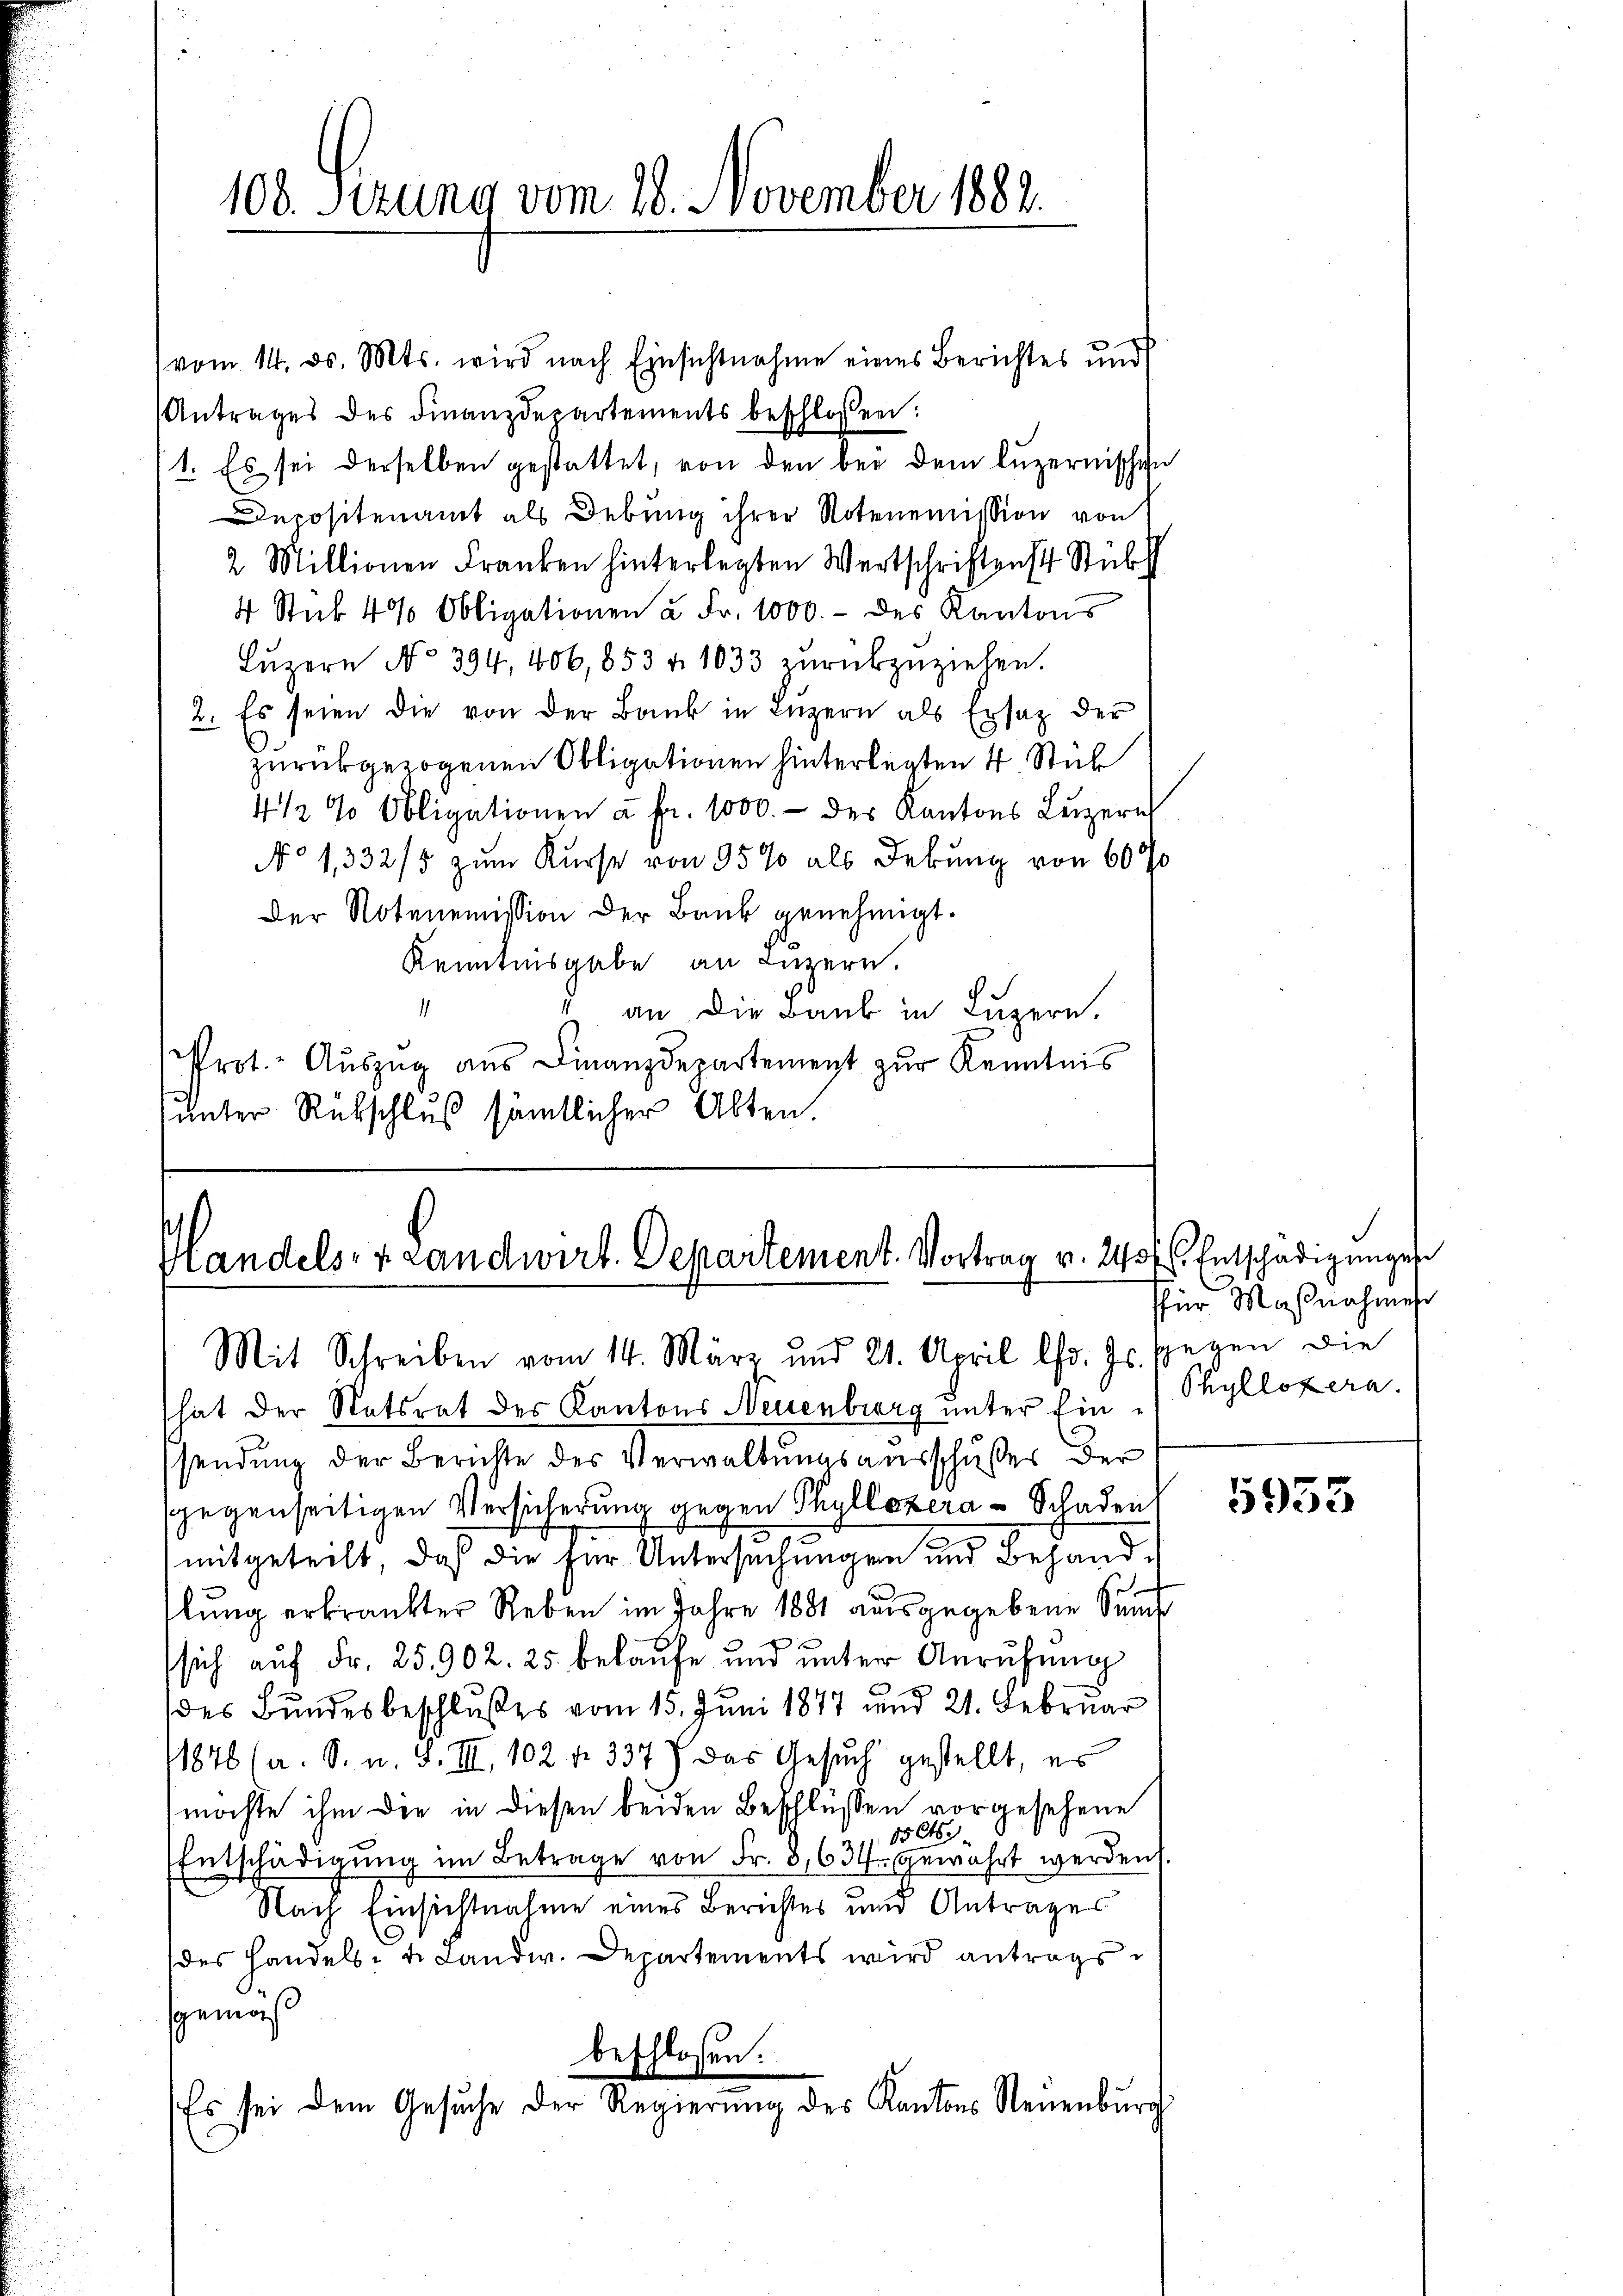
vom 14. ds. Mts. wird nach Einsichtnahme eines Berichtes und
Antrages des Finanzdepartements beschlossen:
1. Es sei derselben gestattet, von den bei dem luzernischen
Depositenamt als Debung ihrer Notenemission von
2 Millionen Franken hinterlegten Wertschriftens Stüb
4 Stuk 4% Obligationen à Fr. 1000.- des Kantons
Lŭzern No 394. 406,853 u. 1033 zŭrückzuziehen.
2. Es seien die von der Bank in Luzern als Ersatz der
zurückgezogenen Obligationen hinterlegten 4 Stick
4 1/2 % Obligationen à Fr. 1000.- des Kantons Luzern
No 1332/5 zum Kurse von 95% als Debung von 600
Der Notenemission der Bank genehmigt.
Kenntnisgabe an Luzern.
1
an die Bank in Luzern.
Prot.- Aŭszŭg aŭs Finanzdepartement zŭr Kenntnis
unter Rükschluß sämtlicher Alten.

108. Sezung vom 18. November 1882.

Handels- & Landwirt. Departement. Vortrag v. 240 fl. Entschädigungen
Mit Schreiben vom 14. März und 21. April l. Js. sgegen die

hat der Statsrat des Kantons Neuenburg unter Einsendung der Berichte des Verwaltungsausschußes der
gegenseitigen Versicherung gegen Thullozera - Schaden,
mitgeteilt, daß die für Untersuchungen und Behand-
lŭng erkrankter Reben im Jahre 1881 aŭsgegebene Sum
sich auf Fr. 25902. 25 belaufe und unter Anrufung
des Bundesbeschlußes vom 15. Juni 1877 und 21. Februar
11846 (a. S. u. S. III 102 f. 3377 das Gesuch gestellt, es
möchte ihm die in diesen beiden Beschlüssen vorgesehene
15 Ct
2
Entschädigŭng im Betrage von Fr. 8634. gewährt werden.
Nach Einsichtnahme eines Berichtes und Antrages
des Handels- u. Landw. Departements wird antrags
sgemäß
beschlossen:
Es sei dem Gesuche der Regierung des Kantons Neuenburg

für Maßnahmes
Phyllozera.

5933